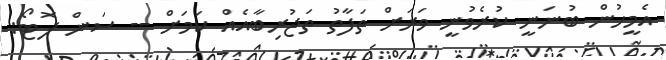
އެމީހުން ބުނަނީ ކުރެވުނީ ވަރަށް ތަފާތު ތަޖުރިބާއެއް ކަމަށް -- ސަން ފޮޓޯ: